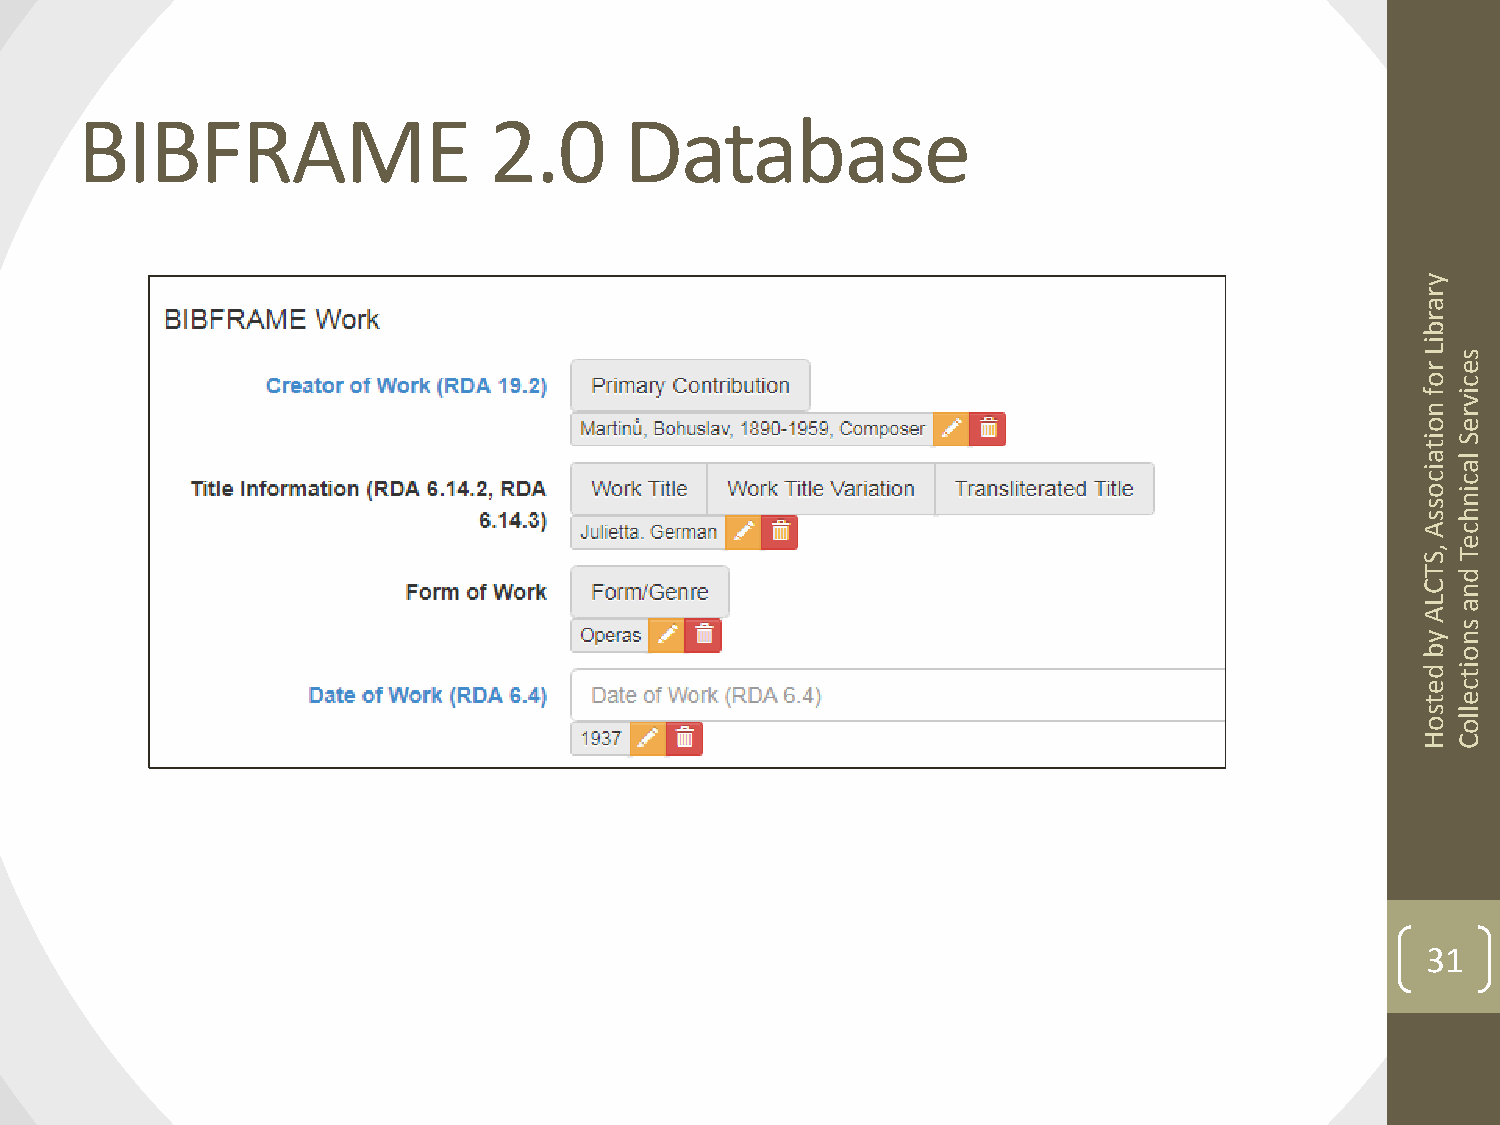
BIBFRAME                   2.0      Database
 y
 r
 a
 r
 b
 i
 L rs
 e
 oc
 fi
 v
 nr
 oe
 iS
 t
 a l
 ia
 cc
 oi
 sn
 sh
 Ac
 e
 , ST
 T d
 Cn
 La
 A
 s
 yn
 bo
 di
 t
 ec
 te
 sl
 ol
 o
 HC
 31